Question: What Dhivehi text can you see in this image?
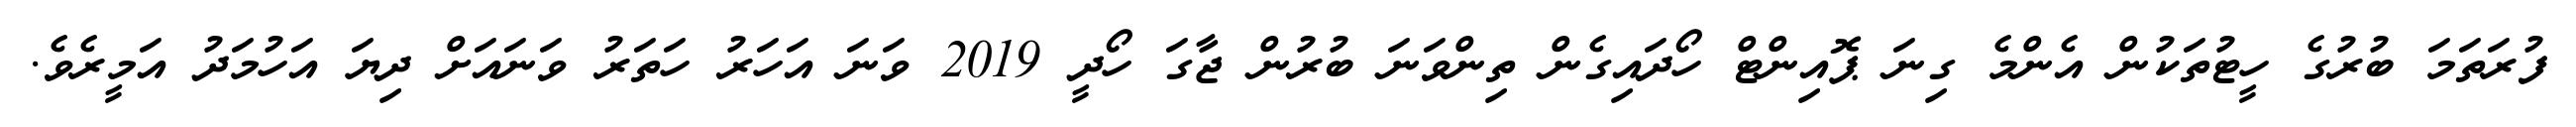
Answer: ފުރަތަމަ ބުރުގެ ހީޓުތަކުން އެންމެ ގިނަ ޕޮއިންޓް ހޯދައިގެން ތިންވަނަ ބުރުން ޖާގަ ހޯދީ 2019 ވަނަ އަހަރު ހަތަރު ވަނައަށް ދިޔަ އަހުމަދު އަމީރެވެ.